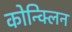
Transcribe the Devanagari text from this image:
कोन्क्लिन